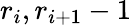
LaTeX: r_{i},r_{i+1}-1